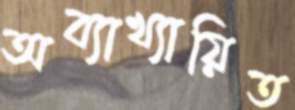
অব্যাখ্যায়িত